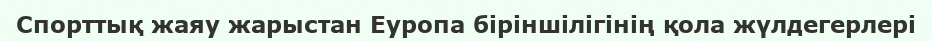
Спорттық жаяу жарыстан Еуропа біріншілігінің қола жүлдегерлері